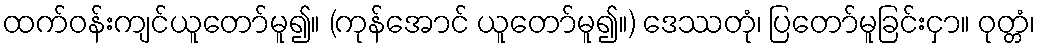
ထက်ဝန်းကျင်ယူတော်မူ၍။ (ကုန်အောင် ယူတော်မူ၍။) ဒေဿတုံ၊ ပြတော်မူခြင်းငှာ။ ဝုတ္တံ၊